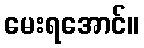
မေးရအောင်။